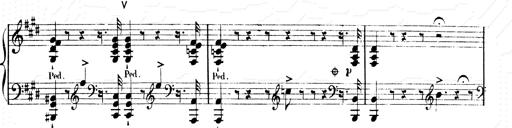
Title: 2 Transcriptions d'aprÃ¨s Rossini
Composer: Franz Liszt